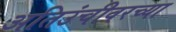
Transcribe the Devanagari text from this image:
अतिउंचीवरच्या